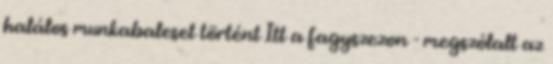
halálos munkabaleset történt Itt a fagyszezon - megszólalt az